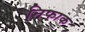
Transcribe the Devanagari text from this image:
निफाक